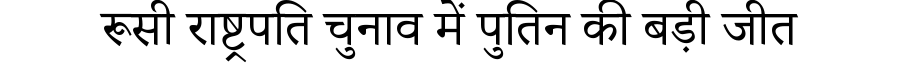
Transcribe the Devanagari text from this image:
रूसी राष्ट्रपति चुनाव में पुतिन की बड़ी जीत